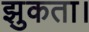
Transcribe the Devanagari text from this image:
झुकता।